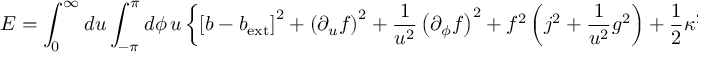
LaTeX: { \cal E } = \int _ { 0 } ^ { \infty } d u \int _ { - \pi } ^ { \pi } d \phi \, u \left\{ \left[ b - b _ { \mathrm { e x t } } \right] ^ { 2 } + \left( \partial _ { u } f \right) ^ { 2 } + \frac { 1 } { u ^ { 2 } } \left( \partial _ { \phi } f \right) ^ { 2 } + f ^ { 2 } \left( j ^ { 2 } + \frac { 1 } { u ^ { 2 } } g ^ { 2 } \right) + \frac { 1 } { 2 } \kappa ^ { 2 } \left( 1 - f ^ { 2 } \right) ^ { 2 } \right\} .